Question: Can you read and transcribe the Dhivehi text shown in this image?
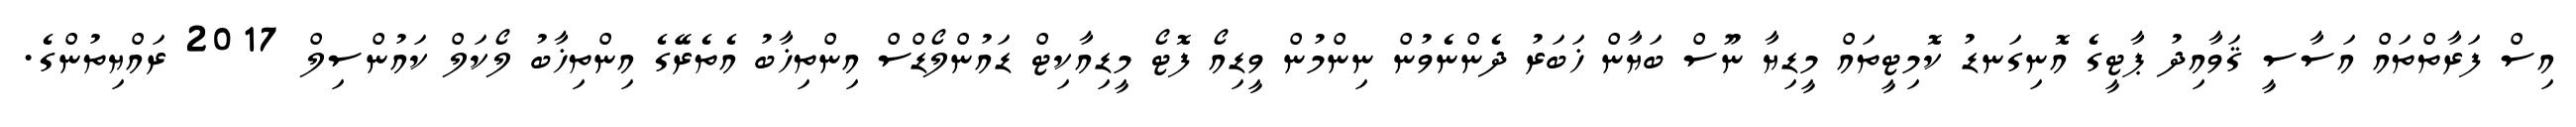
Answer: އިސް ފަރާތްތައް އަސާސީ ޤަވާއިދު ޕާޓީގެ އޮނިގަނޑު ކޮމިޓީތައް މީޑިޔާ ނޫސް ބަޔާން ޚަބަރު ދެންނެވުން ނިންމުން ވީޑިއޯ ފޮޓޯ މީޑިއާކިޓް ޑައުންލޯޑްސް އިންތިޚާބު އެތެރޭގެ އިންތިޚާބު ލޯކަލް ކައުންސިލް 2017 ރައްޔިތުންގެ.